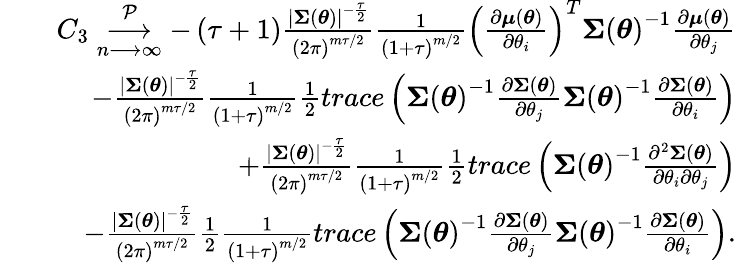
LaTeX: \begin{array}{rlr}&{}&{C_{3}\underset{n\longrightarrow\infty}{\overset{\mathcal{P}}{\longrightarrow}}-\left(\tau+1\right)\frac{\left\vert\boldsymbol{\Sigma}\left(\boldsymbol{\theta}\right)\right\vert^{-\frac{\tau}{2}}}{\left(2\pi\right)^{m\tau/2}}\frac{1}{\left(1+\tau\right)^{m/2}}\left(\frac{\partial\boldsymbol{\mu}\left(\boldsymbol{\theta}\right)}{\partial\theta_{i}}\right)^{T}\boldsymbol{\Sigma}\left(\boldsymbol{\theta}\right)^{-1}\frac{\partial\boldsymbol{\mu}\left(\boldsymbol{\theta}\right)}{\partial\theta_{j}}}\\ &{}&{-\frac{\left\vert\boldsymbol{\Sigma}\left(\boldsymbol{\theta}\right)\right\vert^{-\frac{\tau}{2}}}{\left(2\pi\right)^{m\tau/2}}\frac{1}{\left(1+\tau\right)^{m/2}}\frac{1}{2}trace\left(\boldsymbol{\Sigma}\left(\boldsymbol{\theta}\right)^{-1}\frac{\partial\boldsymbol{\Sigma}\left(\boldsymbol{\theta}\right)}{\partial\theta_{j}}\boldsymbol{\Sigma}\left(\boldsymbol{\theta}\right)^{-1}\frac{\partial\boldsymbol{\Sigma}\left(\boldsymbol{\theta}\right)}{\partial\theta_{i}}\right)}\\ &{}&{+\frac{\left\vert\boldsymbol{\Sigma}\left(\boldsymbol{\theta}\right)\right\vert^{-\frac{\tau}{2}}}{\left(2\pi\right)^{m\tau/2}}\frac{1}{\left(1+\tau\right)^{m/2}}\frac{1}{2}trace\left(\boldsymbol{\Sigma}\left(\boldsymbol{\theta}\right)^{-1}\frac{\partial^{2}\boldsymbol{\Sigma}\left(\boldsymbol{\theta}\right)}{\partial\theta_{i}\partial\theta_{j}}\right)}\\ &{}&{-\frac{\left\vert\boldsymbol{\Sigma}\left(\boldsymbol{\theta}\right)\right\vert^{-\frac{\tau}{2}}}{\left(2\pi\right)^{m\tau/2}}\frac{1}{2}\frac{1}{\left(1+\tau\right)^{m/2}}trace\left(\boldsymbol{\Sigma}\left(\boldsymbol{\theta}\right)^{-1}\frac{\partial\boldsymbol{\Sigma}\left(\boldsymbol{\theta}\right)}{\partial\theta_{j}}\boldsymbol{\Sigma}\left(\boldsymbol{\theta}\right)^{-1}\frac{\partial\boldsymbol{\Sigma}\left(\boldsymbol{\theta}\right)}{\partial\theta_{i}}\right).}\end{array}